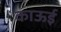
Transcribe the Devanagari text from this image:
काऊई